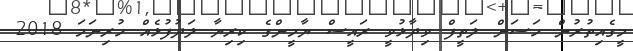
މީގެއިތުރުން ހަސަން ލަތީފް ވިދާޅުވީ ރައީސް ޔާމީންގެ ކިރިޔާ ލަދުފުޅެއް ހުރިނަމަ 2018